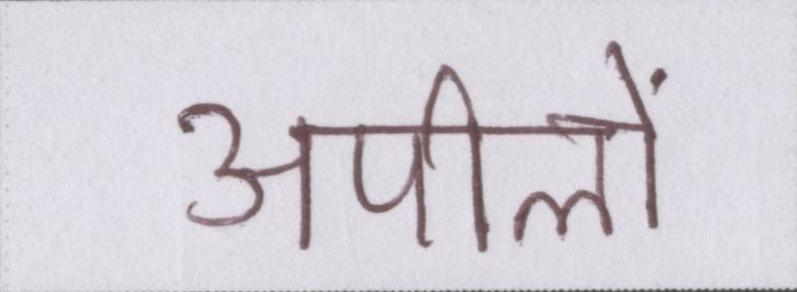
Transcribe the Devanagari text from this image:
अपीलों